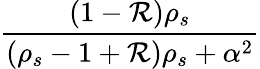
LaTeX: \frac{\left(1-\mathcal{R}\right)\rho_{s}}{\left(\rho_{s}-1+\mathcal{R}\right)\rho_{s}+\alpha^{2}}